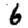
Digit: 6